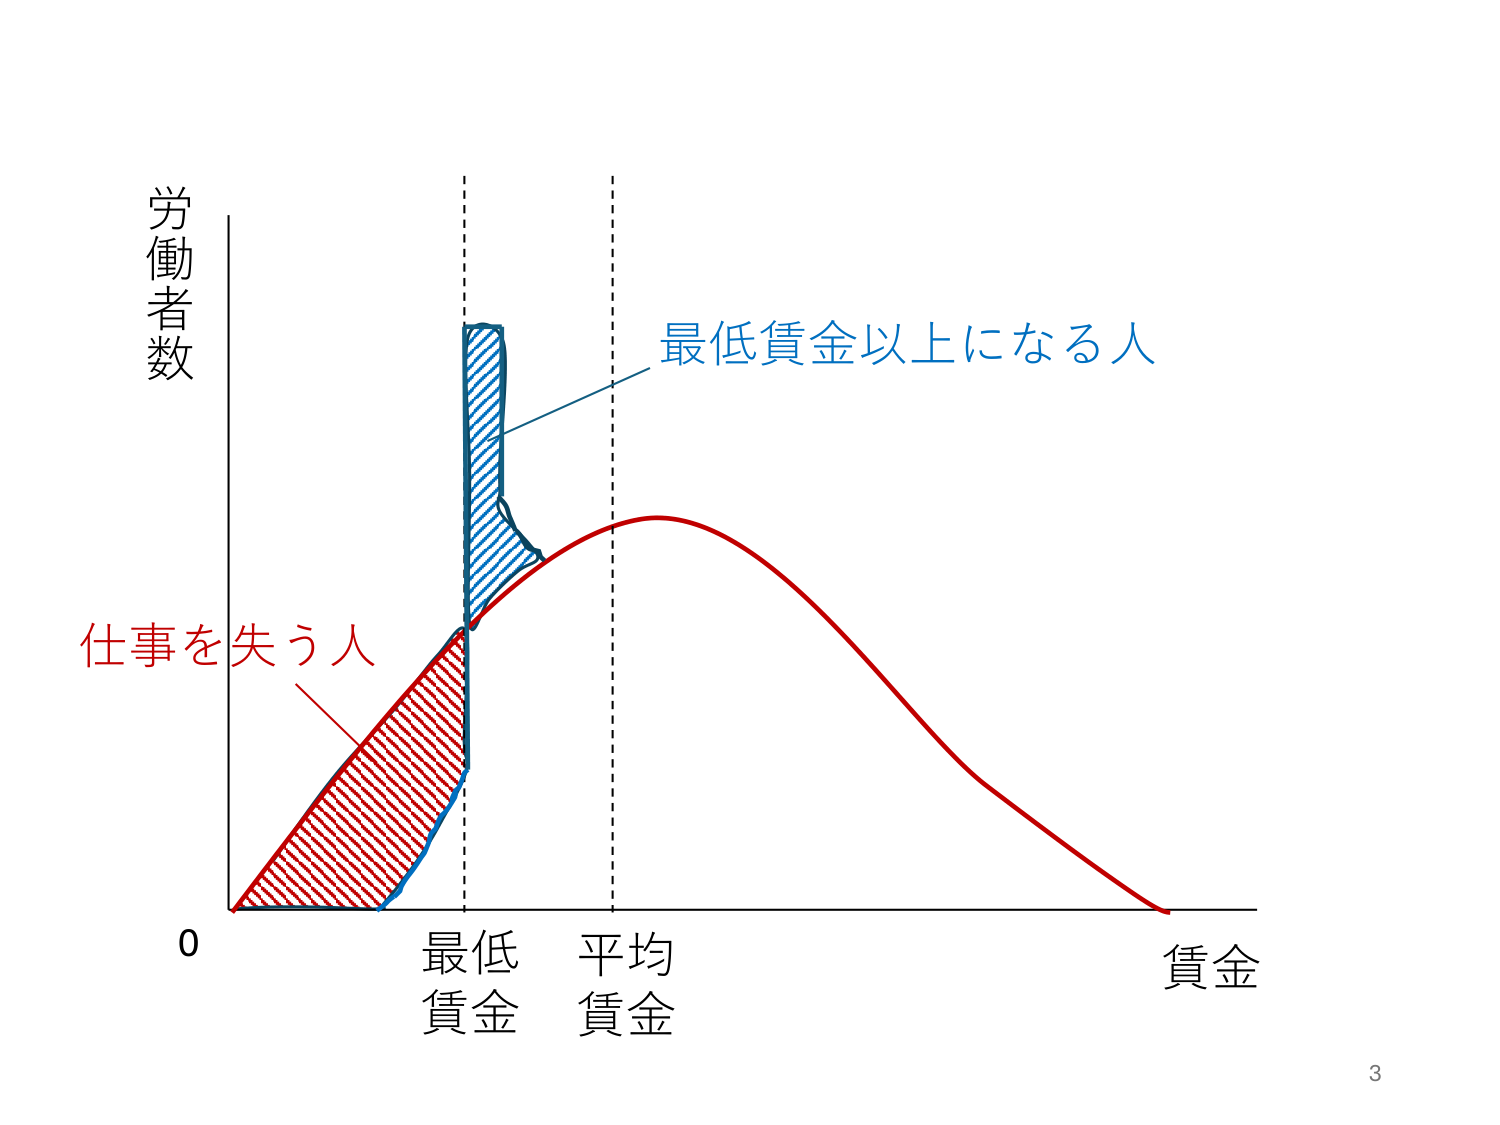
労働者数
仕事を失う人
最低賃金
平均賃金
賃金
最低賃金以上になる人
0
3